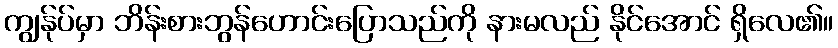
ကျွန်ုပ်မှာ ဘိန်းစားဘွန်ဟောင်းပြောသည်ကို နားမလည် နိုင်အောင် ရှိလေ၏။